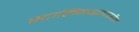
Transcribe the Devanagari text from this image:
स्टालिनग्राडावरील